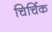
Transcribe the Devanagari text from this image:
चिर्चिक